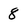
Character: 8